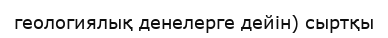
геологиялық денелерге дейін) сыртқы